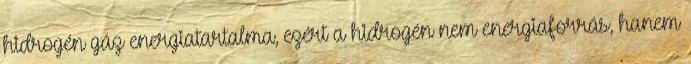
hidrogén gáz energiatartalma, ezért a hidrogén nem energiaforrás, hanem